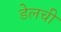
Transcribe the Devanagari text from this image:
डेलची